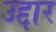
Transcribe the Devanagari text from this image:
उद्दार